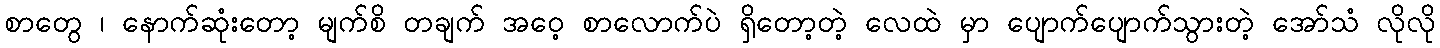
စာတွေ ၊ နောက်ဆုံးတော့ မျက်စိ တချက် အဝေ့ စာလောက်ပဲ ရှိတော့တဲ့ လေထဲ မှာ ပျောက်ပျောက်သွားတဲ့ အော်သံ လိုလို